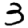
Digit: 3